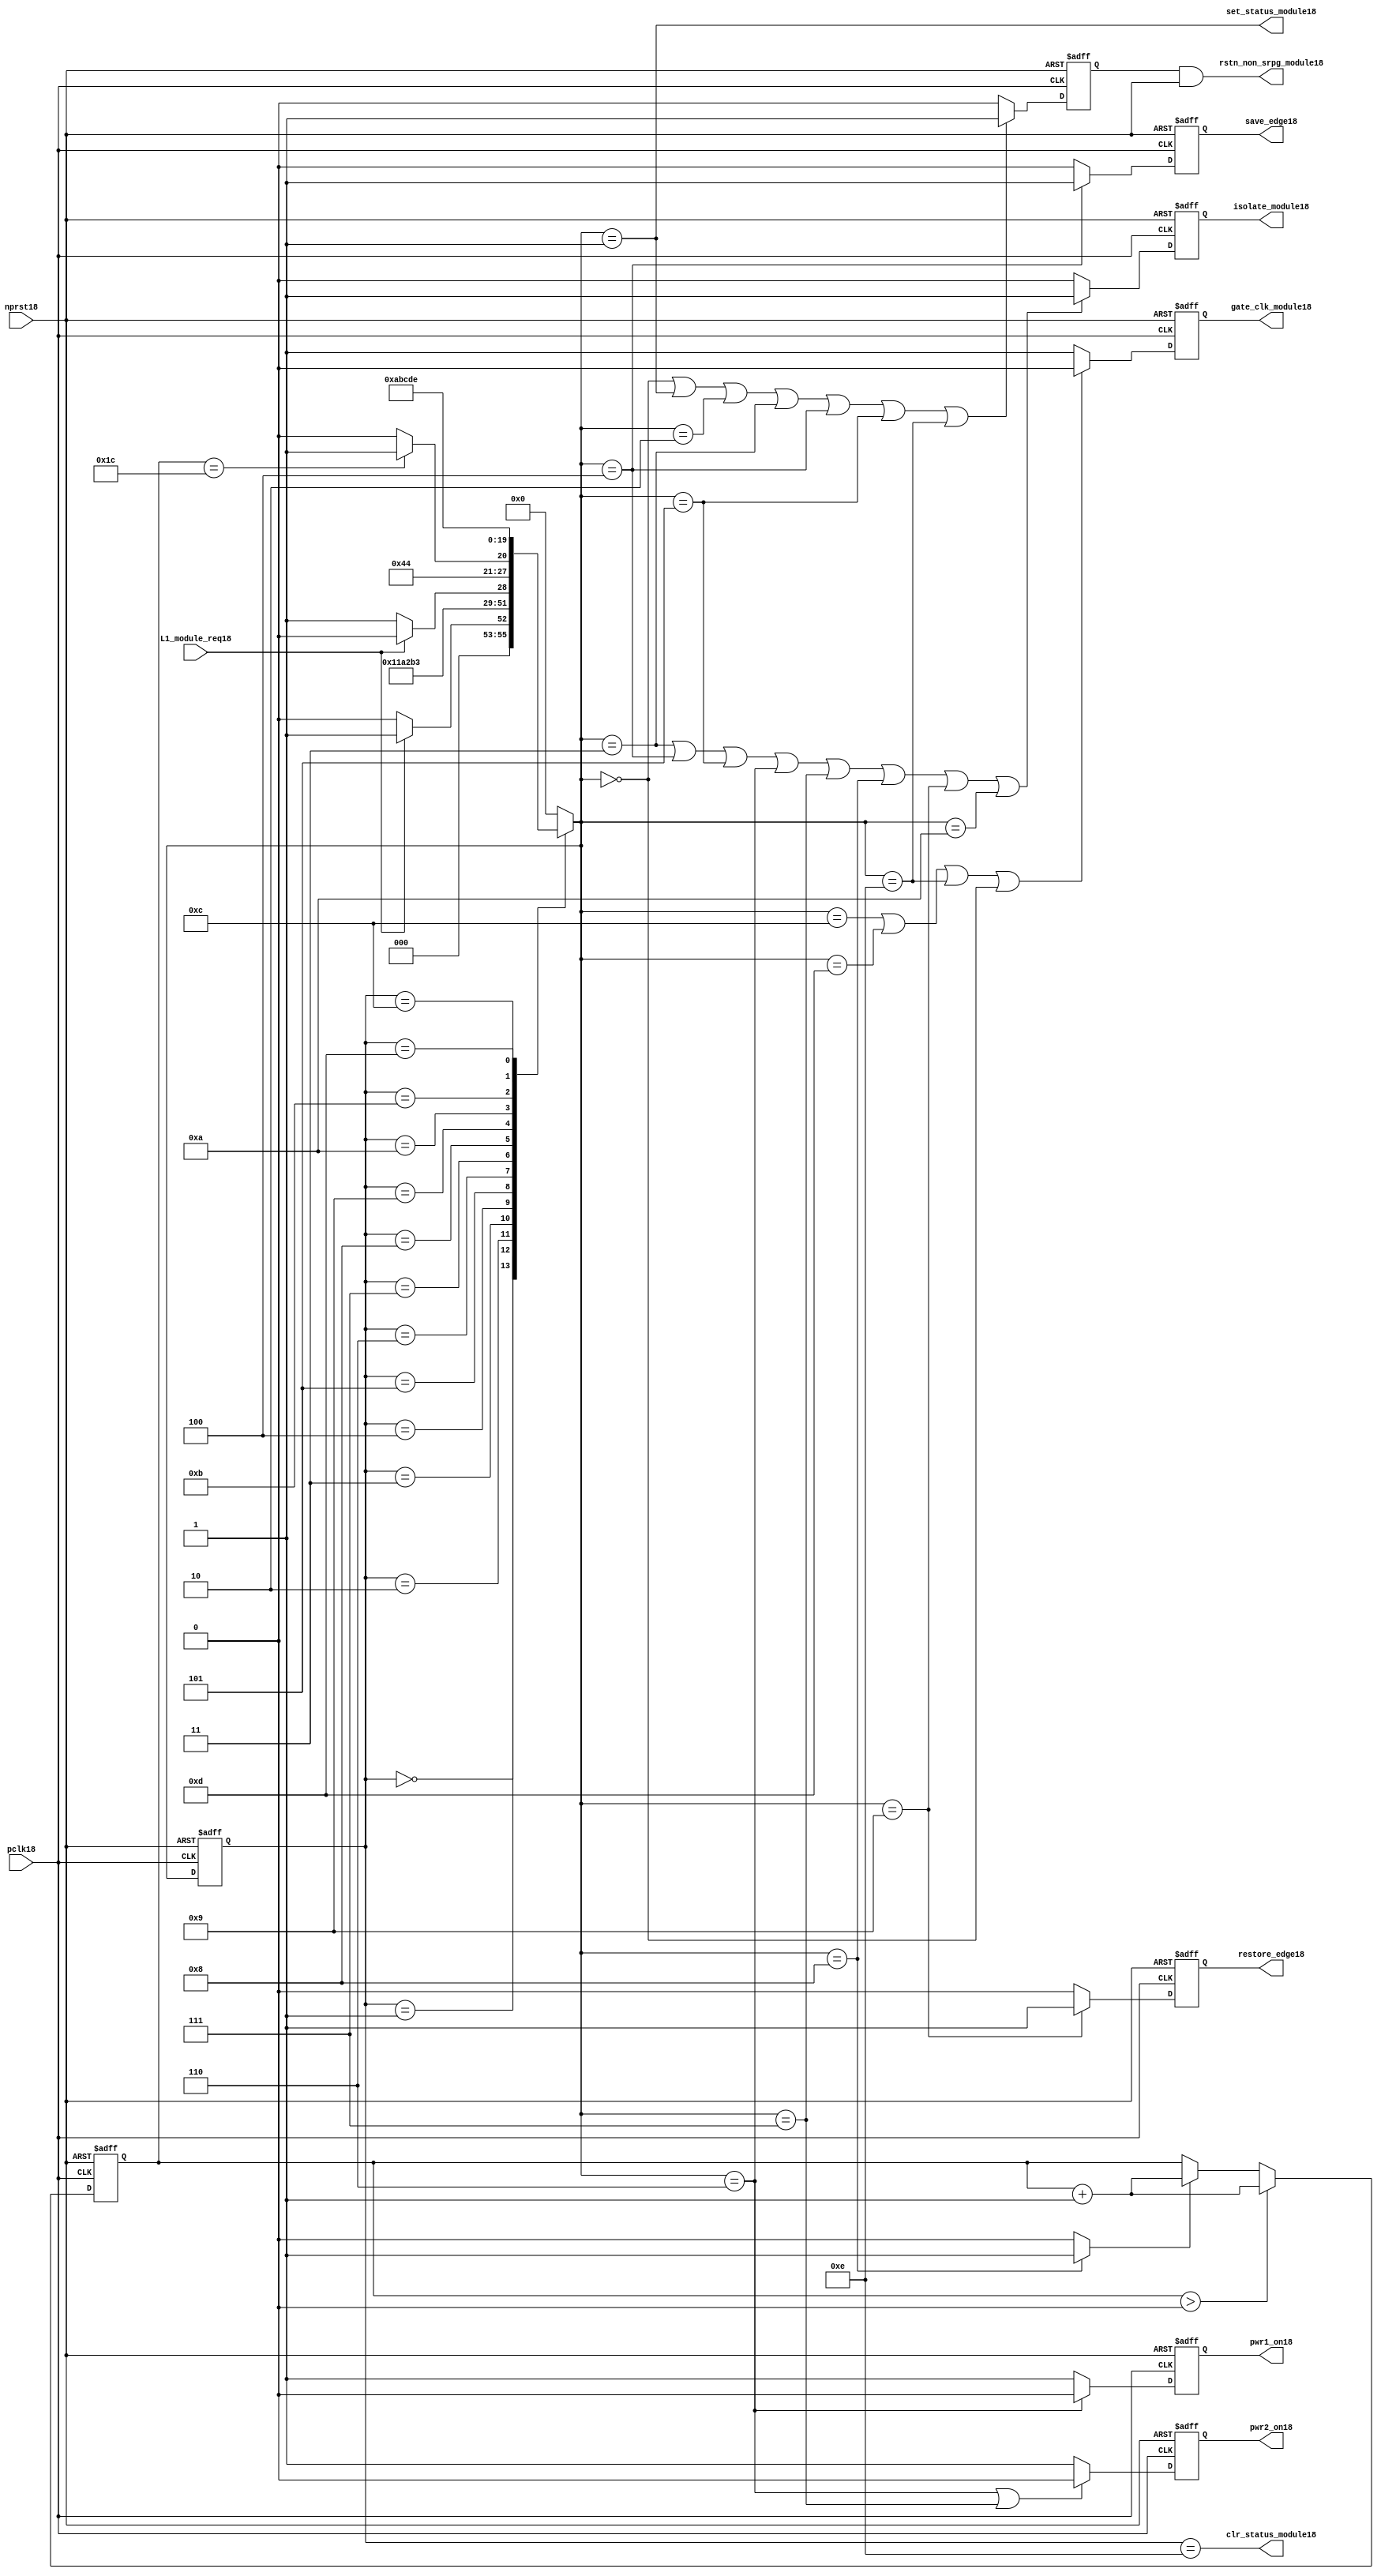
//File18 name   : power_ctrl_sm18.v
//Title18       : Power18 Controller18 state machine18
//Created18     : 1999
//Description18 : State18 machine18 of power18 controller18
//Notes18       : 
//----------------------------------------------------------------------
//   Copyright18 1999-2010 Cadence18 Design18 Systems18, Inc18.
//   All Rights18 Reserved18 Worldwide18
//
//   Licensed18 under the Apache18 License18, Version18 2.0 (the
//   "License18"); you may not use this file except18 in
//   compliance18 with the License18.  You may obtain18 a copy of
//   the License18 at
//
//       http18://www18.apache18.org18/licenses18/LICENSE18-2.0
//
//   Unless18 required18 by applicable18 law18 or agreed18 to in
//   writing, software18 distributed18 under the License18 is
//   distributed18 on an "AS18 IS18" BASIS18, WITHOUT18 WARRANTIES18 OR18
//   CONDITIONS18 OF18 ANY18 KIND18, either18 express18 or implied18.  See
//   the License18 for the specific18 language18 governing18
//   permissions18 and limitations18 under the License18.
//----------------------------------------------------------------------
module power_ctrl_sm18 (

    // Clocks18 & Reset18
    pclk18,
    nprst18,

    // Register Control18 inputs18
    L1_module_req18,
    set_status_module18,
    clr_status_module18,

    // Module18 control18 outputs18
    rstn_non_srpg_module18,
    gate_clk_module18,
    isolate_module18,
    save_edge18,
    restore_edge18,
    pwr1_on18,
    pwr2_on18

);

input    pclk18;
input    nprst18;

input    L1_module_req18;
output   set_status_module18;
output   clr_status_module18;
    
output   rstn_non_srpg_module18;
output   gate_clk_module18;
output   isolate_module18;
output   pwr1_on18;
output   pwr2_on18;
output save_edge18;
output restore_edge18;

wire    set_status_module18;
wire    clr_status_module18;

wire    rstn_non_srpg_module18;
reg     gate_clk_module18;
reg     isolate_module18;
reg     pwr1_on18;
reg     pwr2_on18;

reg save_edge18;

reg restore_edge18;
   
// FSM18 state
reg  [3:0] currentState18, nextState18;
reg     rstn_non_srpg18;
reg [4:0] trans_cnt18;

parameter Init18 = 0; 
parameter Clk_off18 = 1; 
parameter Wait118 = 2; 
parameter Isolate18 = 3; 
parameter Save_edge18 = 4; 
parameter Pre_pwr_off18 = 5; 
parameter Pwr_off18 = 6; 
parameter Pwr_on118 = 7; 
parameter Pwr_on218 = 8; 
parameter Restore_edge18 = 9; 
parameter Wait218 = 10; 
parameter De_isolate18 = 11; 
parameter Clk_on18 = 12; 
parameter Wait318 = 13; 
parameter Rst_clr18 = 14;


// Power18 Shut18 Off18 State18 Machine18

// FSM18 combinational18 process
always @  (*)
  begin
    case (currentState18)

      // Commence18 PSO18 once18 the L118 req bit is set.
      Init18:
        if (L1_module_req18 == 1'b1)
          nextState18 = Clk_off18;         // Gate18 the module's clocks18 off18
        else
          nextState18 = Init18;            // Keep18 waiting18 in Init18 state
        
      Clk_off18 :
        nextState18 = Wait118;             // Wait18 for one cycle
 
      Wait118  :                         // Wait18 for clk18 gating18 to take18 effect
        nextState18 = Isolate18;           // Start18 the isolation18 process
          
      Isolate18 :
        nextState18 = Save_edge18;
        
      Save_edge18 :
        nextState18 = Pre_pwr_off18;

      Pre_pwr_off18 :
        nextState18 = Pwr_off18;
      // Exit18 PSO18 once18 the L118 req bit is clear.

      Pwr_off18 :
        if (L1_module_req18 == 1'b0)
          nextState18 = Pwr_on118;         // Resume18 power18 if the L1_module_req18 bit is cleared18
        else
          nextState18 = Pwr_off18;         // Wait18 until the L1_module_req18 bit is cleared18
        
      Pwr_on118 :
        nextState18 = Pwr_on218;
          
      Pwr_on218 :
        if(trans_cnt18 == 5'd28)
          nextState18 = Restore_edge18;
        else 
          nextState18 = Pwr_on218;
          
      Restore_edge18 :
        nextState18 = Wait218;

      Wait218 :
        nextState18 = De_isolate18;
          
      De_isolate18 :
        nextState18 = Clk_on18;
          
      Clk_on18 :
        nextState18 = Wait318;
          
      Wait318  :                         // Wait18 for clock18 to resume
        nextState18 = Rst_clr18 ;     
 
      Rst_clr18 :
        nextState18 = Init18;
        
      default  :                       // Catch18 all
        nextState18 = Init18; 
        
    endcase
  end


  // Signals18 Sequential18 process - gate_clk_module18
always @ (posedge pclk18 or negedge nprst18)
  begin
    if (~nprst18)
      gate_clk_module18 <= 1'b0;
    else 
      if (nextState18 == Clk_on18 | nextState18 == Wait318 | nextState18 == Rst_clr18 | 
          nextState18 == Init18)
          gate_clk_module18 <= 1'b0;
      else
          gate_clk_module18 <= 1'b1;
  end

// Signals18 Sequential18 process - rstn_non_srpg18
always @ (posedge pclk18 or negedge nprst18)
  begin
    if (~nprst18)
      rstn_non_srpg18 <= 1'b0;
    else
      if ( nextState18 == Init18 | nextState18 == Clk_off18 | nextState18 == Wait118 | 
           nextState18 == Isolate18 | nextState18 == Save_edge18 | nextState18 == Pre_pwr_off18 | nextState18 == Rst_clr18)
        rstn_non_srpg18 <= 1'b1;
      else
        rstn_non_srpg18 <= 1'b0;
   end


// Signals18 Sequential18 process - pwr1_on18 & pwr2_on18
always @ (posedge pclk18 or negedge nprst18)
  begin
    if (~nprst18)
      pwr1_on18 <=  1'b1;  // power18 gates18 1 & 2 are on
    else
      if (nextState18 == Pwr_off18 )
        pwr1_on18 <= 1'b0;  // shut18 off18 both power18 gates18 1 & 2
      else
        pwr1_on18 <= 1'b1;
  end


// Signals18 Sequential18 process - pwr1_on18 & pwr2_on18
always @ (posedge pclk18 or negedge nprst18)
  begin
    if (~nprst18)
       pwr2_on18 <= 1'b1;      // power18 gates18 1 & 2 are on
    else
      if (nextState18 == Pwr_off18 | nextState18 == Pwr_on118)
        pwr2_on18 <= 1'b0;     // shut18 off18 both power18 gates18 1 & 2
      else
        pwr2_on18 <= 1'b1;
   end


// Signals18 Sequential18 process - isolate_module18 
always @ (posedge pclk18 or negedge nprst18)
  begin
    if (~nprst18)
        isolate_module18 <= 1'b0;
    else
      if (nextState18 == Isolate18 | nextState18 == Save_edge18 | nextState18 == Pre_pwr_off18 |  nextState18 == Pwr_off18 | nextState18 == Pwr_on118 |
          nextState18 == Pwr_on218 | nextState18 == Restore_edge18 | nextState18 == Wait218)
         isolate_module18 <= 1'b1;       // Activate18 the isolate18 and retain18 signals18
      else
         isolate_module18 <= 1'b0;        
   end    

// enabling save edge
always @ (posedge pclk18 or negedge nprst18)
  begin
    if (~nprst18)
        save_edge18 <= 1'b0;
    else
      if (nextState18 == Save_edge18 )
         save_edge18 <= 1'b1;       // Activate18 the isolate18 and retain18 signals18
      else
         save_edge18 <= 1'b0;        
   end    
// stabilising18 count
wire restore_change18;
assign restore_change18 = (nextState18 == Pwr_on218) ? 1'b1: 1'b0;

always @ (posedge pclk18 or negedge nprst18)
  begin
    if (~nprst18)
      trans_cnt18 <= 0;
    else if (trans_cnt18 > 0)
      trans_cnt18  <= trans_cnt18 + 1;
    else if (restore_change18)
      trans_cnt18  <= trans_cnt18 + 1;
  end

// enabling restore18 edge
always @ (posedge pclk18 or negedge nprst18)
  begin
    if (~nprst18)
        restore_edge18 <= 1'b0;
    else
      if (nextState18 == Restore_edge18)
         restore_edge18 <= 1'b1;       // Activate18 the isolate18 and retain18 signals18
      else
         restore_edge18 <= 1'b0;        
   end    


// FSM18 Sequential18 process
always @ (posedge pclk18 or negedge nprst18)
  begin
    if (~nprst18)
      currentState18 <= Init18;
    else
      currentState18 <= nextState18;
  end


// Reset18 for non-SRPG18 FFs18 is a combination18 of the nprst18 and the reset during PSO18
assign  rstn_non_srpg_module18 = rstn_non_srpg18 & nprst18;

assign  set_status_module18 = (nextState18 == Clk_off18);    // Set the L118 status bit  
assign  clr_status_module18 = (currentState18 == Rst_clr18); // Clear the L118 status bit  
  

`ifdef LP_ABV_ON18

// psl18 default clock18 = (posedge pclk18);

// Never18 have the set and clear status signals18 both set
// psl18 output_no_set_and_clear18 : assert never {set_status_module18 & clr_status_module18};



// Isolate18 signal18 should become18 active on the 
// Next18 clock18 after Gate18 signal18 is activated18
// psl18 output_pd_seq18:
//    assert always
//	  {rose18(gate_clk_module18)} |=> {[*1]; {rose18(isolate_module18)} }
//    abort18(~nprst18);
//
//
//
// Reset18 signal18 for Non18-SRPG18 FFs18 and POWER18 signal18 for
// SMC18 should become18 LOW18 on clock18 cycle after Isolate18 
// signal18 is activated18
// psl18 output_pd_seq_stg_218:
//    assert always
//    {rose18(isolate_module18)} |=>
//    {[*2]; {{fell18(rstn_non_srpg_module18)} && {fell18(pwr1_on18)}} }
//    abort18(~nprst18);
//
//
// Whenever18 pwr1_on18 goes18 to LOW18 pwr2_on18 should also go18 to LOW18
// psl18 output_pwr2_low18:
//    assert always
//    { fell18(pwr1_on18) } |->  { fell18(pwr2_on18) }
//    abort18(~nprst18);
//
//
// Whenever18 pwr1_on18 becomes HIGH18 , On18 Next18 clock18 cycle pwr2_on18
// should also become18 HIGH18
// psl18 output_pwr2_high18:
//    assert always
//    { rose18(pwr1_on18) } |=>  { (pwr2_on18) }
//    abort18(~nprst18);
//
`endif


endmodule